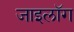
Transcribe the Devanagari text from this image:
जाइलॉग